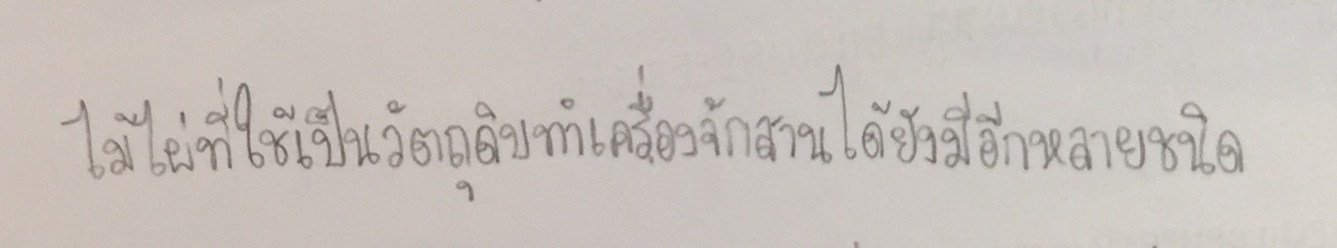
ไม้ไผ่ที่ใช้เป็นวัตถุดิบทำเครื่องจักสานได้ยังมีอีกหลายชนิด